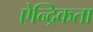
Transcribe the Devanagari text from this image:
ऐन्द्रिकता